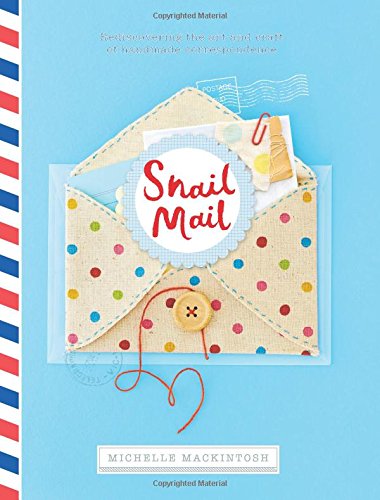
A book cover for Snail Mail: Rediscovering the Art and Craft of Handmade Correspondence; Michelle Mackintosh; Reference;